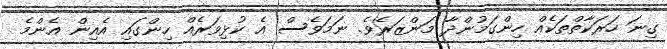
ގިނަ ހަރަކާތްތަކެއް ހިންގަމުންދާ މަންޒަރެވެ. ނަމަވެސް އެ ކުޅިވަރެއް ހިންގައި އެއިން އެންމެ